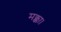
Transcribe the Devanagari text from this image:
मक्का।